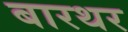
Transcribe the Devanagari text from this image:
बारथर